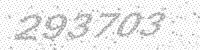
Solution: 293703